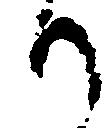
り